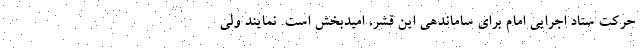
حرکت ستاد اجرایی امام برای ساماندهی این قشر، امیدبخش است. نمایند ولی